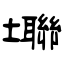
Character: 壣